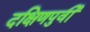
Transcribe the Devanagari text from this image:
दक्षिणपुर्वी